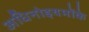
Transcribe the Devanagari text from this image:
अधिनोइयमोंके